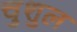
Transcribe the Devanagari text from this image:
चुशुल